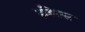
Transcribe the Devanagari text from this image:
इडिल्स